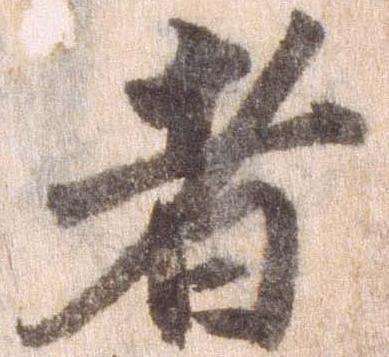
者